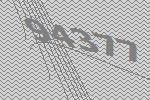
94377